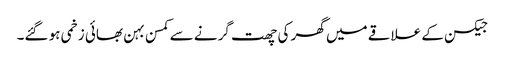
جیکسن کے علاقے میں گھر کی چھت گرنے سے کمسن بہن بھائی زخمی ہو گئے۔